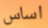
اساس